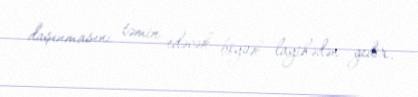
daşınmasını təmin edəcək böyük layihədən gedir.